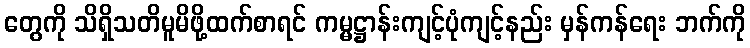
တွေကို သိရှိသတိမူမိဖို့ထက်စာရင် ကမ္မဋ္ဌာန်းကျင့်ပုံကျင့်နည်း မှန်ကန်ရေး ဘက်ကို